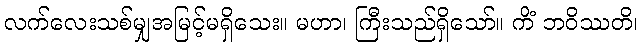
လက်လေးသစ်မျှအမြင့်မရှိသေး။ မဟာ၊ ကြီးသည်ရှိသော်။ ကိံ ဘဝိဿတိ၊